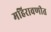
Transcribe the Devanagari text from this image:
महिरावणीत